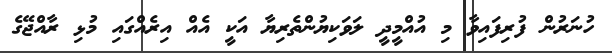
ހުނަރުން ފުރިފައިވާ މި އުއްމީދީ ލަވަކިޔުންތެރިޔާ އަކީ އެއް އިރެއްގައި މުޅި ރާއްޖޭގެ